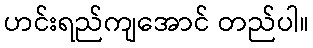
ဟင်းရည်ကျအောင် တည်ပါ။